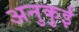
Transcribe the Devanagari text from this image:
अनुकुई